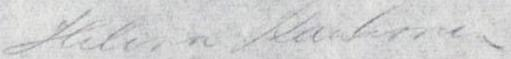
Helena Kaukonen